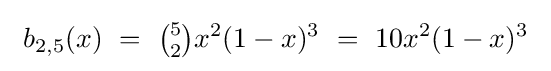
\ b_{2,5}(x)\ =\ {\tbinom {5}{2}}x^{2}(1-x)^{3}\ =\ 10x^{2}(1-x)^{3}~